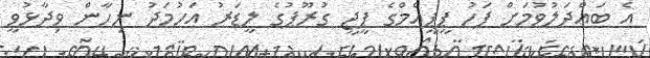
އެ ބައްދަލުވުމަށް ފަހު ޕީޕީއެމްގެ ޕީޖީ ގުރޫޕުގެ ލީޑަރު އަހުމަދު ނިހާން ވިދާޅުވީ